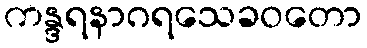
ကန္ဒရနာဂရသေခဝတော